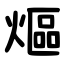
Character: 熰